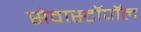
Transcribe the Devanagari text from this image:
सेवास्टॉपॉल